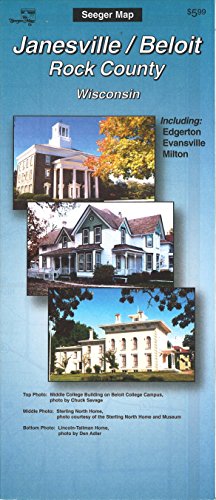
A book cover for Janesville / Beloit : Rock County : Wisconsin; The Seeger Map Company Inc.; Travel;